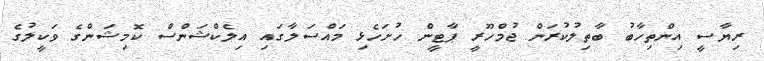
ރިޔާސީ އިންތިހާބު ބާތިލުކުރަން ޖުމްހޫރީ ޕާޓީން ހުށަހެޅި މައްސަލާގައި އިލެކްޝަންސް ކޮމިޝަންގެ ވަކީލުގެ